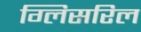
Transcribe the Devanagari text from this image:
ग्लिसरिल